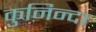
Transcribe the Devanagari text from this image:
कुनिन्दा